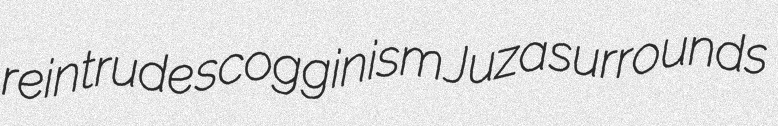
reintrude scogginism Juza surrounds